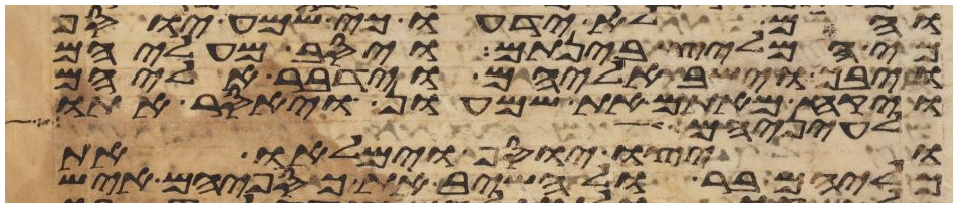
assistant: והם לא ידעו כי שמע יוסף
כי המליץ בינתם ויסב מעליהם
ויבך וישב אליהם וידבר אליהם
ויקח מאתם את שמעון ויאסר אתו
עיניה אל
ויצו יוסף וימלאו את
כליהם בר ולהשיב את כספיהם איש